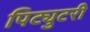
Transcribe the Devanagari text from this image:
पिट्युटरी